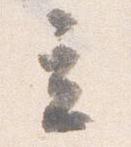
立